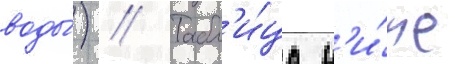
воды́) // Табл'и́ца н'и́же